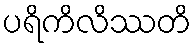
ပရိကိလိဿတိ